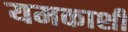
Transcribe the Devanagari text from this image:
यमकाशी